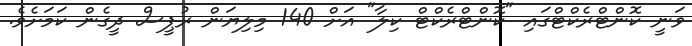
ވަނީ ކޮންޓްރެކްޓްގައި "ކޮންޓްރެކްޓް ކިލާ" އަށް 140 މިލިޔަން ރުޕީސް ދީގެން ކަމަށެވެ.